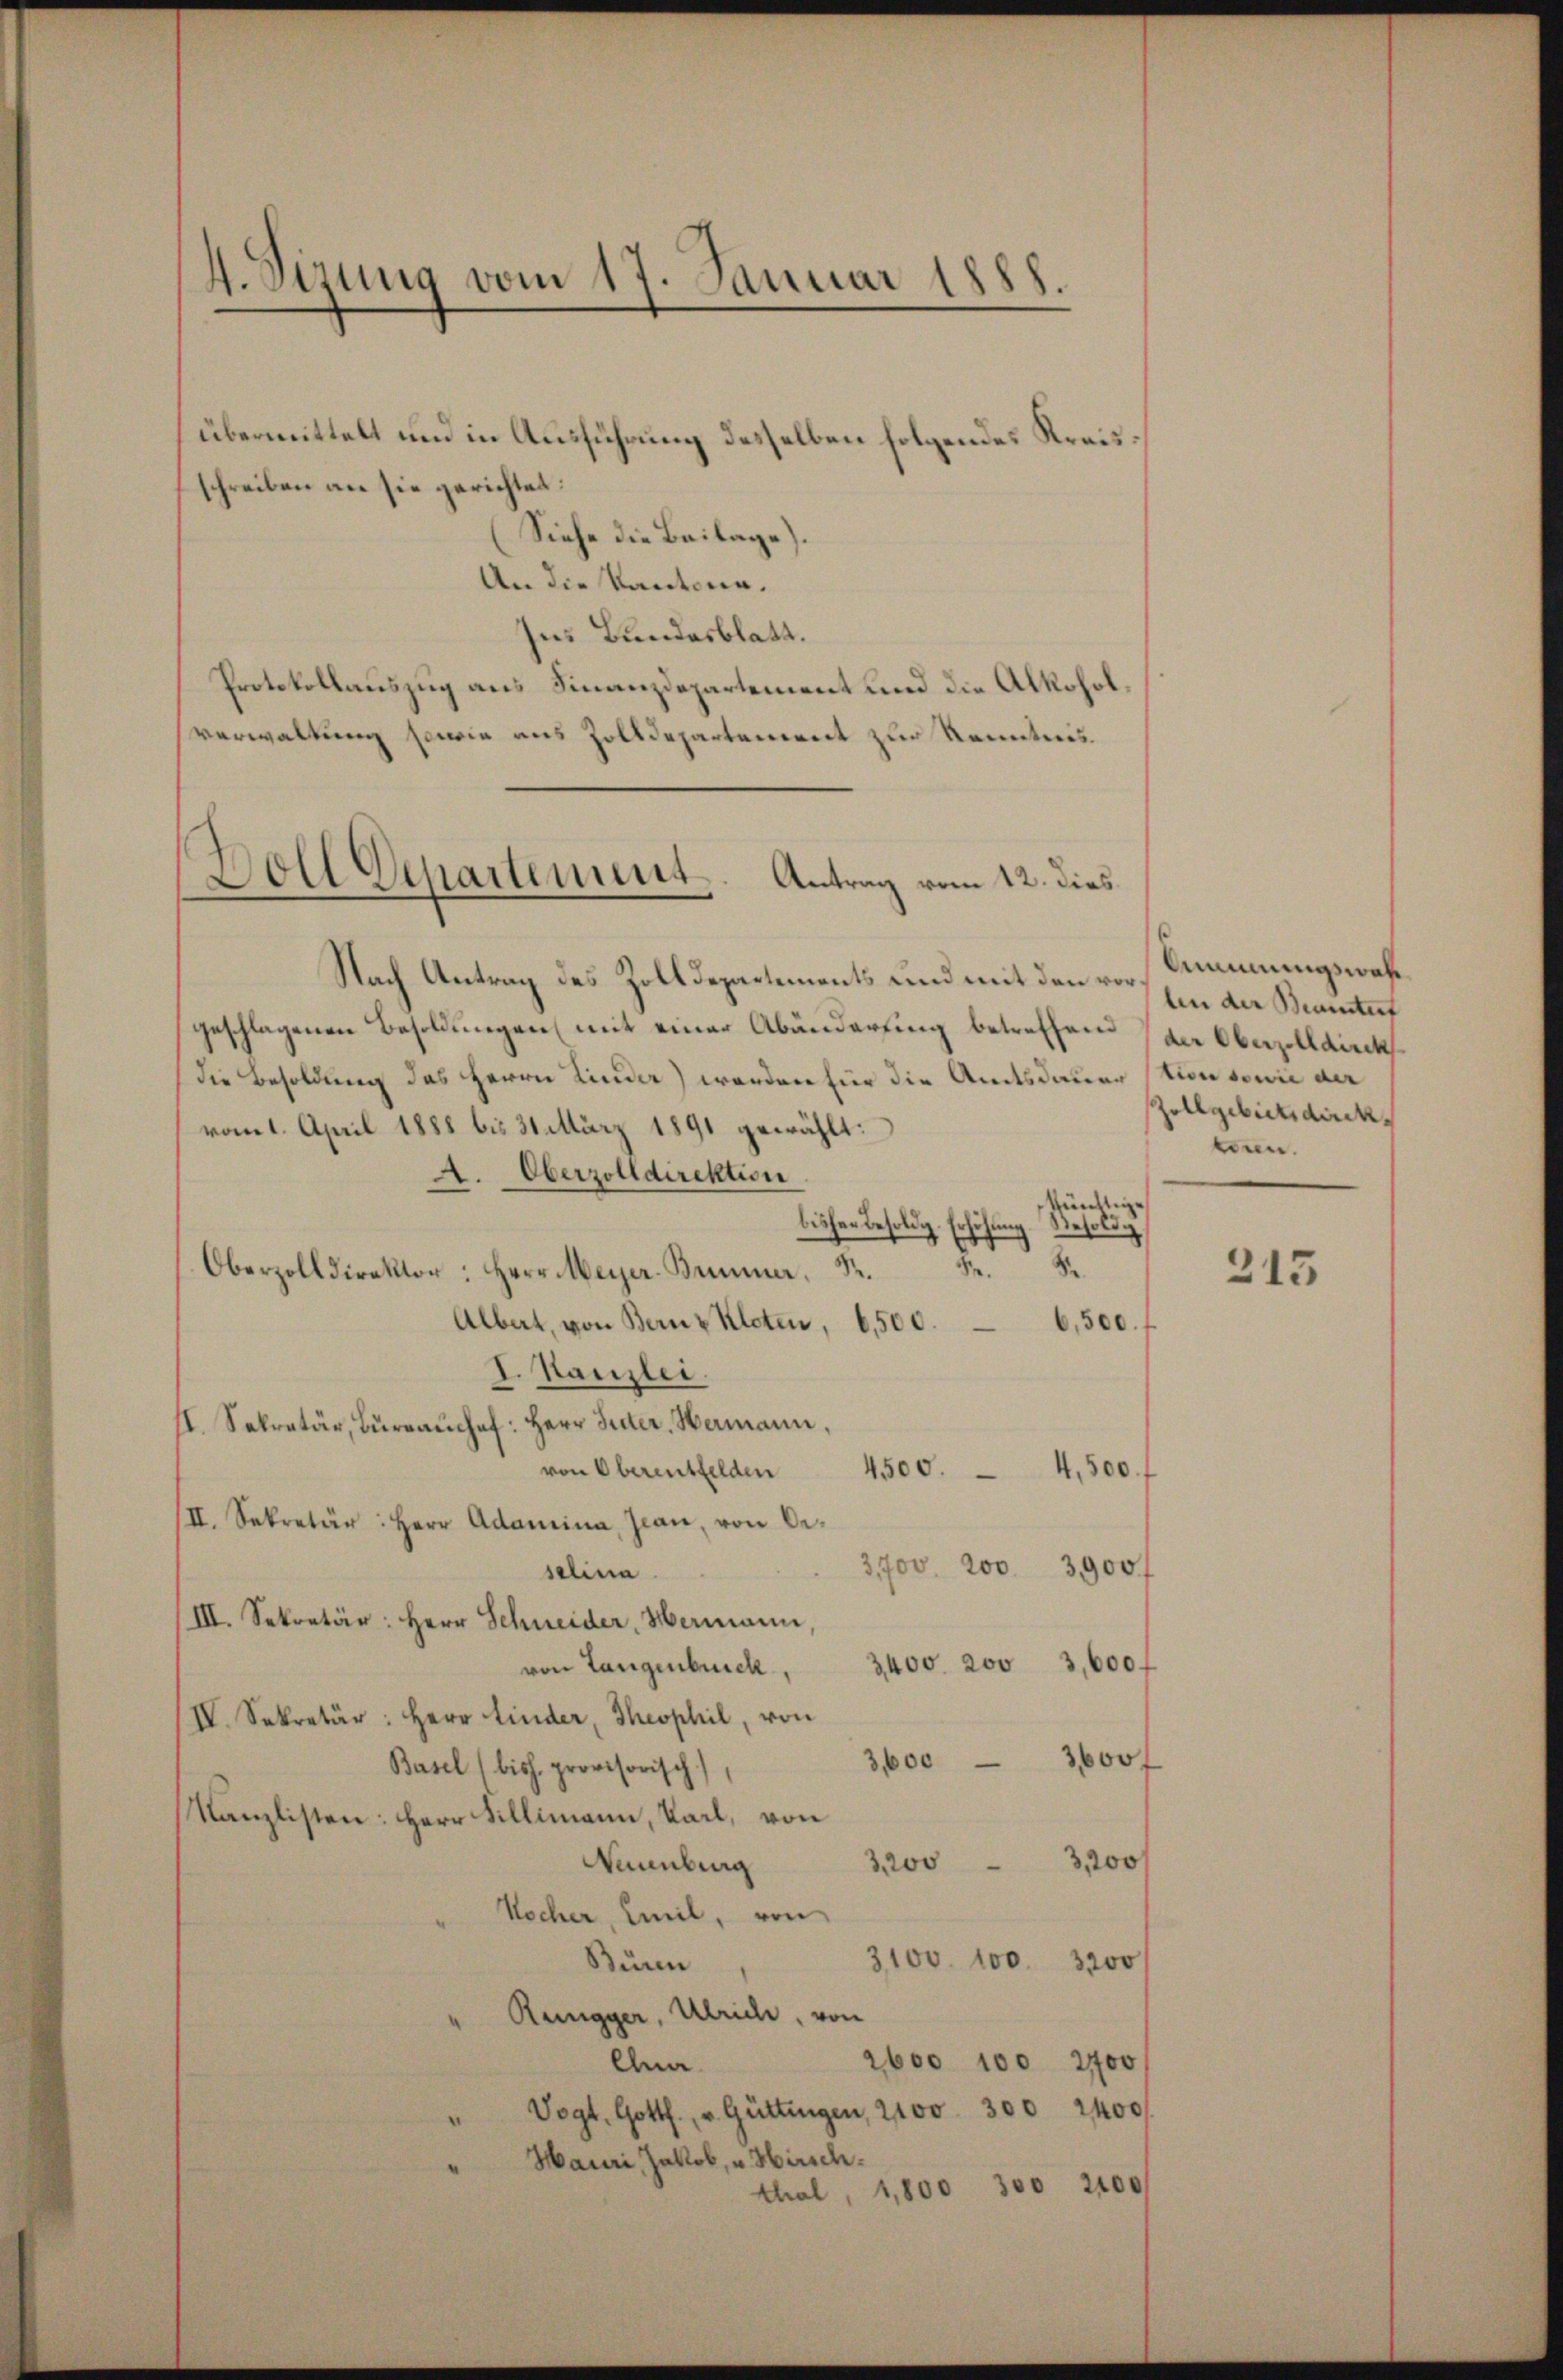
4. Sizung vom 17. Januar 1888.

übermittelt und in Ausführung desselben folgendes Kreisschreiben an sie gerichtet:
(Siehe die Beilage).
An die Kantona¬
Im Bundesblatt.
Protokollauszug aus Finanzdepartement und die Alkoholverwaltung sowie aus Zolldepartement zur Kenntnis.
Nach Antrag des Zolldepartements und mit den vor Simmungswahl
geschlagenen Besoldungen (mit einer Abänderfing betreffend
die Besoldung des Herrn Linder) werden für die Amtsdauer stion sowie der
vom 1. April 1888 bis 31. März 1891 gewählt:
A. Oberzolldirektion
künstige
bisher Besoldg. Erhöhung. Resold
de
8
Oberzolldirektor: Herr Meyer. Brunner.
Albat, von Bernz Kloten, 6500.- 6,500.
I. Kanzlei.
II. Sekretär, Büreaŭchef: Herr Inter-Hermann,
von Oberentfelden 4500.- 4,500.
III. Sekretär: Herr Adamina, Jean, von Be-
3,700. 200. 3900f
selina
/III. Sekretär: Herr Schneider, Hermann,
von Langenbruck, 3400. 200 3,600 f
IV. Sekretär: Herr Linder, Theophil, von
3,600 - 3000 f
Basel (biss. provisorisch
Kanzlisten: Herr Billimann, Kail, von
Wunnburg
3,2003,200
Wocher, Emil, von
3100. 100. 3200
Büren
Rengger, Ulrich, von
2600 100 2700
llna
Vogt. Gottf., u. Güttingen, 2100. 300 2400
Hauri, Jakob, u. Hirsch
thal, 1,800 300 2100

Doll Departement. Antrag vom 12. dies

len der Beamterf
der Oberzolldick
Zollgebietsdirek
eeren.

213